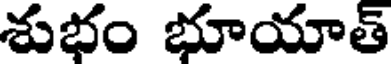
శుభం భూయాత్